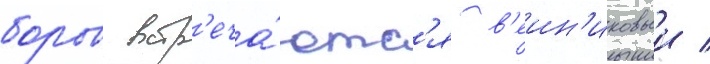
боров встр'еча́ютс'я в'еин'иковыи /